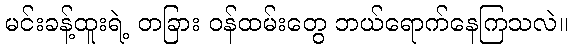
မင်းခန့်ထူးရဲ့ တခြား ဝန်ထမ်းတွေ ဘယ်ရောက်နေကြသလဲ။